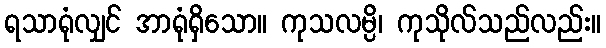
ရသာရုံလျှင် အာရုံရှိသော။ ကုသလမ္ပိ၊ ကုသိုလ်သည်လည်း။